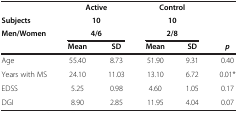
|  | <COLSPAN=2> Active | <COLSPAN=2> Control |  |
 | Subjects | <COLSPAN=2> 10 | <COLSPAN=2> 10 |  |
 | Men/Women | <COLSPAN=2> 4/6 | <COLSPAN=2> 2/8 |  |
 |  | Mean | SD | Mean | SD | p |
 | --- | --- | --- | --- | --- | --- |
 | Age | 55.40 | 8.73 | 51.90 | 9.31 | 0.40 |
 | Years with MS | 24.10 | 11.03 | 13.10 | 6.72 | 0.01* |
 | EDSS | 5.25 | 0.98 | 4.60 | 1.05 | 0.17 |
 | DGI | 8.90 | 2.85 | 11.95 | 4.04 | 0.07 |